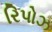
રિપોઝ